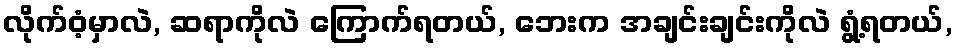
လိုက်ဝံ့မှာလဲ, ဆရာကိုလဲ ကြောက်ရတယ်, ဘေးက အချင်းချင်းကိုလဲ ရွံ့ရတယ်,